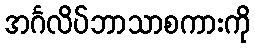
အင်္ဂလိပ်ဘာသာစကားကို